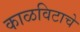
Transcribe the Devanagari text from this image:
काळविटाचे